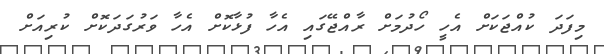
މިފަދަ ކުއްޖަކަށް އެހީ ހޯދުމަށް ރާއްޖޭގައި އެހާ ފުޅާކޮށް އެހާ ވަރުގަދަކޮށް ކުރިއަށް